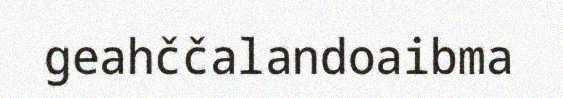
geahččalandoaibma